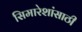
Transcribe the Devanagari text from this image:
सिमारेशांसाठी